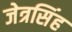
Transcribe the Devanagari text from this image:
जेत्रसिंह